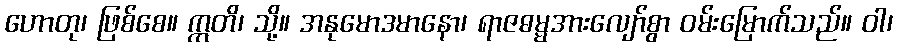
ဟောတု၊ ဖြစ်စေ။ ဣတိ၊ သို့။ အနုမောဒမာနော၊ ရာဇဓမ္မအားလျော်စွာ ဝမ်းမြောက်သည်။ ဝါ၊